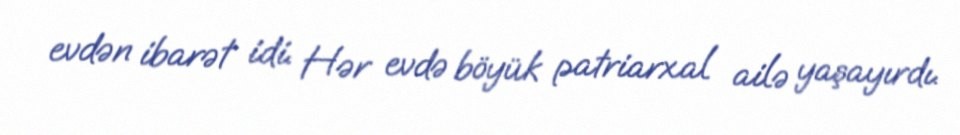
evdən ibarət idi. Hər evdə böyük patriarxal ailə yaşayırdı.